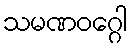
သမဏဝဂ္ဂေါ